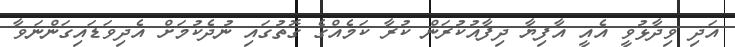
އަދި ވިދާޅުވީ އެއީ އާފިޔާ ދިފާއުކުރަން ކުރާ ކަމެއްގެ ގޮތުގައި ނުދެކުމަށް އެދިވަޑައިގަންނަވާ